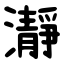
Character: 瀞